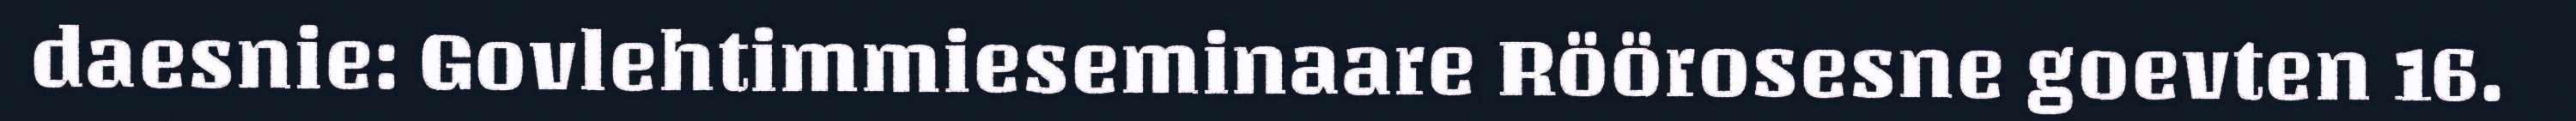
daesnie: Govlehtimmieseminaare Röörosesne goevten 16.